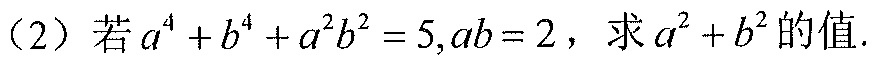
（2）若\(a^{4}+b^{4}+a^{2}b^{2}=5,ab = 2\)，求\(a^{2}+b^{2}\)的值.